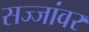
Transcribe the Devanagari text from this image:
सज्जांवर